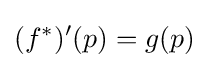
(f^{*})'(p)=g(p)